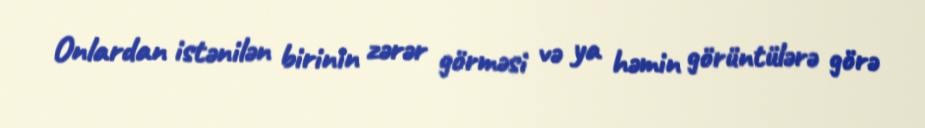
Onlardan istənilən birinin zərər görməsi və ya həmin görüntülərə görə